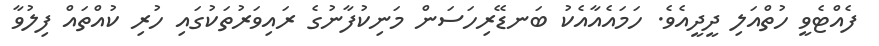
ފެއްޓެވީ ހުތްއަލި ދީދީއެވެ. ހަމައެއާއެކު ބަނޑޭރިހަސަން މަނިކުފާނުގެ ރައިވަރުތަކުގައި ހުރި ކުއްތައް ފިލުވާ